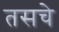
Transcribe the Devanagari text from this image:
तसचे